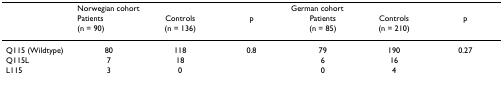
<table><thead><tr><td></td><td colspan="3"><b>Norwegian cohort</b></td><td colspan="3"><b>German cohort</b></td></tr><tr><td></td><td><b>Patients (n = 90)</b></td><td><b>Controls (n = 136)</b></td><td><b>p</b></td><td><b>Patients (n = 85)</b></td><td><b>Controls (n = 210)</b></td><td><b>p</b></td></tr></thead><tbody><tr><td>Q115 (Wildtype)</td><td>80</td><td>118</td><td>0.8</td><td>79</td><td>190</td><td>0.27</td></tr><tr><td>Q115L</td><td>7</td><td>18</td><td></td><td>6</td><td>16</td><td></td></tr><tr><td>L115</td><td>3</td><td>0</td><td></td><td>0</td><td>4</td><td></td></tr></tbody></table>